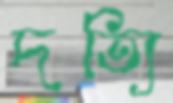
দত্যি